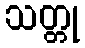
သတ္တု